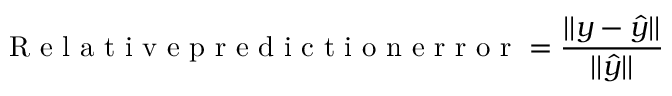
\mathrm { ~ R ~ e ~ l ~ a ~ t ~ i ~ v ~ e ~ p ~ r ~ e ~ d ~ i ~ c ~ t ~ i ~ o ~ n ~ e ~ r ~ r ~ o ~ r ~ } = \frac { | | y - \hat { y } | | } { | | \hat { y } | | }